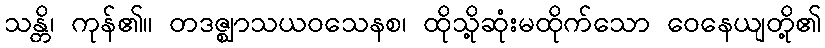
သန္တိ၊ ကုန်၏။ တဒဇ္ဈာသယဝသေနစ၊ ထိုသို့ဆုံးမထိုက်သော ဝေနေယျတို့၏